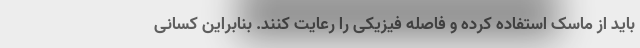
باید از ماسک استفاده کرده و فاصله فیزیکی را رعایت کنند. بنابراین کسانی